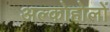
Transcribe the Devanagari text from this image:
अल्कोहोलों